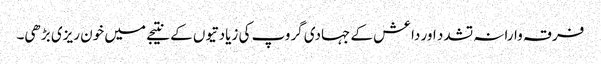
فرقہ وارانہ تشدد اور داعش کے جہادی گروپ کی زیادتیوں کے نتیجے میں خون ریزی بڑھی۔